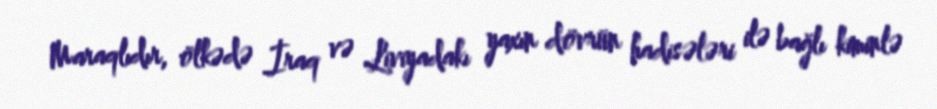
Maraqlıdır, ölkədə İraq və Liviyadakı yaxın dövrün hadisələri ilə bağlı kiminlə